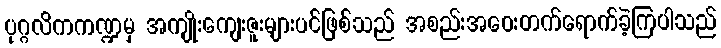
ပုဂ္ဂလိကကဏ္ဍမှ အကျိုးကျေးဇူးများပင်ဖြစ်သည် အစည်းအဝေးတက်ရောက်ခဲ့ကြပါသည်